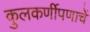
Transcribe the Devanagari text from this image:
कुलकर्णीपणाचें